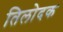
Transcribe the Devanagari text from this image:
तिलोदक